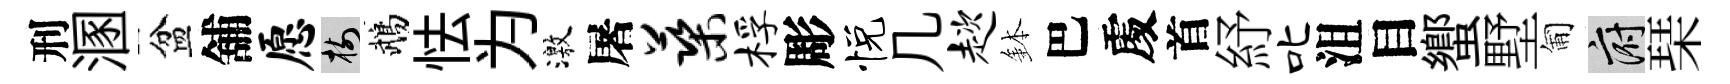
刑溷盆舖愿樹鵡怯为激屠蕖桴彫悦几趑鉢巴𠁅首紓叱沮目蠁墅匍府琹